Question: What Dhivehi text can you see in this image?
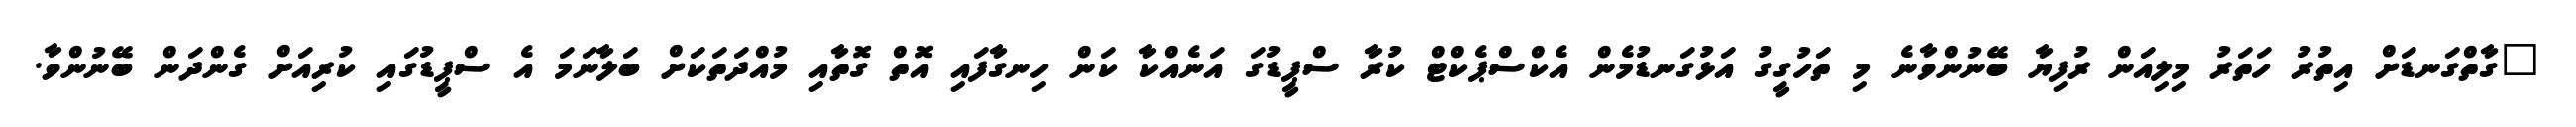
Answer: "ގާތްގަނޑަށް އިތުރު ހަތަރު މިލިއަން ރުފިޔާ ބޭނުންވާނެ މި ތަހުގީގު އަޅުގަނޑުމެން އެކްސްޕެކްޓް ކުރާ ސްޕީޑުގަ އަނެއްކާ ކަން ހިނގާފައި އޮތް ގޮތާއި މުއްދަތަކަށް ބަލާނަމަ އެ ސްޕީޑުގައި ކުރިއަށް ގެންދަން ބޭނުންވާ.